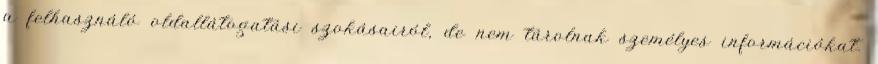
a felhasználó oldallátogatási szokásairól, de nem tárolnak személyes információkat.